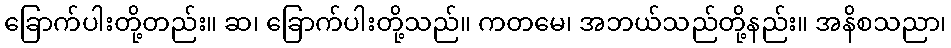
ခြောက်ပါးတို့တည်း။ ဆ၊ ခြောက်ပါးတို့သည်။ ကတမေ၊ အဘယ်သည်တို့နည်း။ အနိစသညာ၊